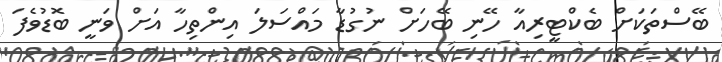
ބޭސްތަކަށް ބެކްޓީރިއާ ހޭނި ބޭހަށް ނުގުޑާ މައްސަލަ އިންތިހާ އަށް ވަނީ ބޮޑުވެފަ